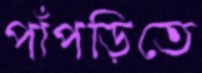
পাঁপড়িতে